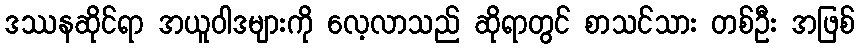
ဒဿနဆိုင်ရာ အယူဝါဒများကို လေ့လာသည် ဆိုရာတွင် စာသင်သား တစ်ဦး အဖြစ်